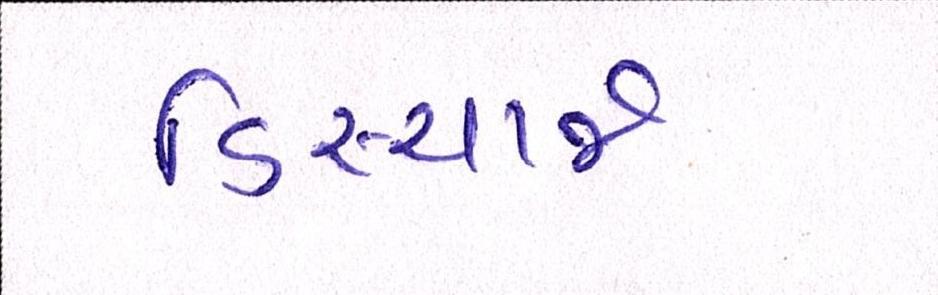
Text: ડિસ્ચાર્જ